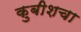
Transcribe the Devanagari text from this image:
कुबीशचा